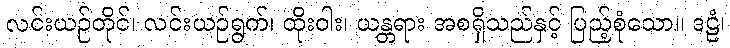
လင်းယဉ်တိုင်၊ လင်းယဉ်ရွက်၊ ထိုးဝါး၊ ယန္တရား အစရှိသည်နှင့် ပြည့်စုံသော။ ဒဠံ၊